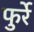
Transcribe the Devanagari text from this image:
फुर्रे